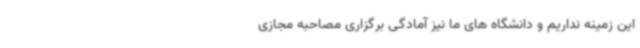
این زمینه نداریم و دانشگاه های ما نیز آمادگی برگزاری مصاحبه مجازی